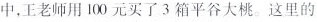
中，王老师用100元买了3箱平谷大桃。这里的